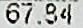
67.84